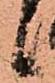
候